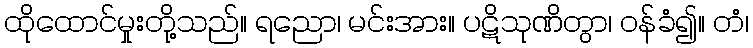
ထိုထောင်မှုးတို့သည်။ ရညော၊ မင်းအား။ ပဋိသုဏိတွာ၊ ဝန်ခံ၍။ တံ၊